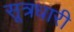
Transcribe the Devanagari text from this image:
सूत्रधारी